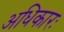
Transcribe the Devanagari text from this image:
अधिकारः